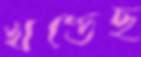
খণ্ডেছ